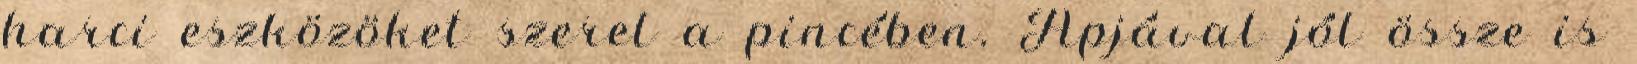
harci eszközöket szerel a pincében. Apjával jól össze is